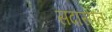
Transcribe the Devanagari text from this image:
सदासीत